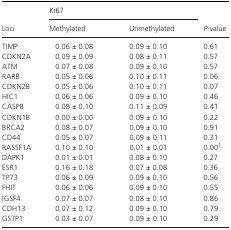
<table><thead><tr><td rowspan="2"><b>Loci</b></td><td colspan="2"><b>Ki67</b></td><td rowspan="2"><b><i>P</i>‐value</b></td></tr><tr><td><b>Methylated</b></td><td><b>Unmethylated</b></td></tr></thead><tbody><tr><td>TIMP</td><td>0.06 ± 0.08</td><td>0.09 ± 0.10</td><td>0.61</td></tr><tr><td>CDKN2A</td><td>0.09 ± 0.09</td><td>0.08 ± 0.11</td><td>0.57</td></tr><tr><td>ATM</td><td>0.07 ± 0.08</td><td>0.09 ± 0.10</td><td>0.57</td></tr><tr><td>RARB</td><td>0.05 ± 0.06</td><td>0.10 ± 0.11</td><td>0.06</td></tr><tr><td>CDKN2B</td><td>0.05 ± 0.06</td><td>0.10 ± 0.11</td><td>0.07</td></tr><tr><td>HIC1</td><td>0.06 ± 0.06</td><td>0.09 ± 0.10</td><td>0.46</td></tr><tr><td>CASP8</td><td>0.08 ± 0.10</td><td>0.11 ± 0.09</td><td>0.41</td></tr><tr><td>CDKN1B</td><td>0.00 ± 0.00</td><td>0.09 ± 0.10</td><td>0.22</td></tr><tr><td>BRCA2</td><td>0.08 ± 0.07</td><td>0.09 ± 0.10</td><td>0.91</td></tr><tr><td>CD44</td><td>0.05 ± 0.07</td><td>0.09 ± 0.11</td><td>0.31</td></tr><tr><td>RASSF1A</td><td>0.10 ± 0.10</td><td>0.01 ± 0.01</td><td>0.00a</td></tr><tr><td>DAPK1</td><td>0.01 ± 0.01</td><td>0.08 ± 0.10</td><td>0.27</td></tr><tr><td>ESR1</td><td>0.16 ± 0.18</td><td>0.07 ± 0.08</td><td>0.36</td></tr><tr><td>TP73</td><td>0.06 ± 0.09</td><td>0.09 ± 0.10</td><td>0.56</td></tr><tr><td>FHIT</td><td>0.06 ± 0.06</td><td>0.09 ± 0.10</td><td>0.55</td></tr><tr><td>IGSF4</td><td>0.07 ± 0.07</td><td>0.08 ± 0.10</td><td>0.86</td></tr><tr><td>CDH13</td><td>0.07 ± 0.12</td><td>0.09 ± 0.10</td><td>0.79</td></tr><tr><td>GSTP1</td><td>0.03 ± 0.07</td><td>0.09 ± 0.10</td><td>0.29</td></tr></tbody></table>